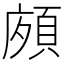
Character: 𩒩